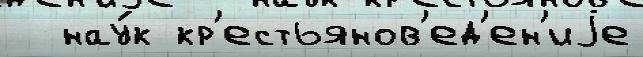
  нау́к кр'естьянов'ед'ен'иjе